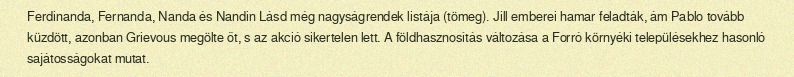
Ferdinanda, Fernanda, Nanda és Nandin Lásd még nagyságrendek listája (tömeg). Jill emberei hamar feladták, ám Pablo tovább küzdött, azonban Grievous megölte őt, s az akció sikertelen lett. A földhasznosítás változása a Forró környéki településekhez hasonló sajátosságokat mutat.